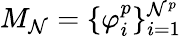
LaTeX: M_{\mathcal{N}}=\{ \varphi_{i}^{p}\} _{i=1}^{\mathcal{N}^{p}}